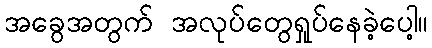
အခွေအတွက် အလုပ်တွေရှုပ်နေခဲ့ပေါ့။